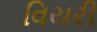
વિયરી